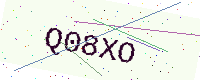
Text: Q08XO